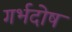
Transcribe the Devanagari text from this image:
गर्भदोष